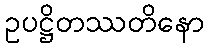
ဥပဋ္ဌိတဿတိနော